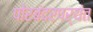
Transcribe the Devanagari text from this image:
पोरबंदरपर्यंत